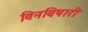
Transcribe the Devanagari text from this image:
विनविषारी